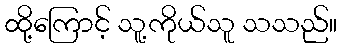
ထို့ကြောင့် သူ့ကိုယ်သူ သသည်။